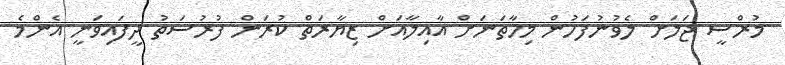
މުރްސީ ޖަލަށް ލެވުނުފަހުން މިހާތަނަށް އާއިލާއަށް ޒިޔާރަތް ކުރަން ފުރުސަތު ދީފައިވަނީ އެންމެ